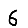
Digit: 6